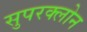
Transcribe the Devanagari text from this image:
सुपरक्लोन